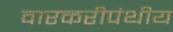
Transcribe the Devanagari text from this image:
वारकरीपंथीय